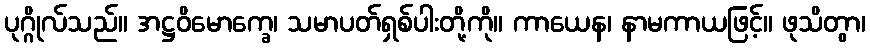
ပုဂ္ဂိုလ်သည်။ အဋ္ဌဝိမောက္ခေ၊ သမာပတ်ရှစ်ပါးတို့ကို။ ကာယေန၊ နာမကာယဖြင့်။ ဖုသိတွာ၊